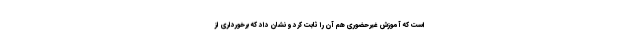
است که آموزش غیرحضوری هم آن را ثابت کرد و نشان داد که برخورداری از